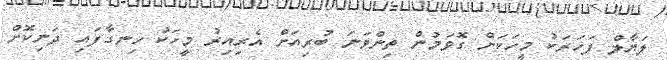
ލަޔާލް ފަހަރަކު މީހަކަށް ގޮވަމުން ތިންވަނަ ބުރިއަށް އެރިއިރު މީހަކު ހިނގާފައި ދަނިކޮށް